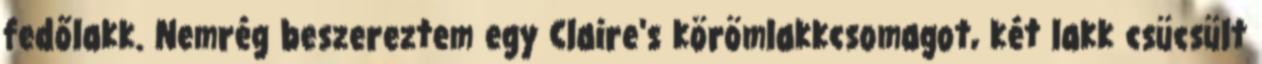
fedőlakk. Nemrég beszereztem egy Claire's körömlakkcsomagot, két lakk csücsült